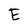
Character: E